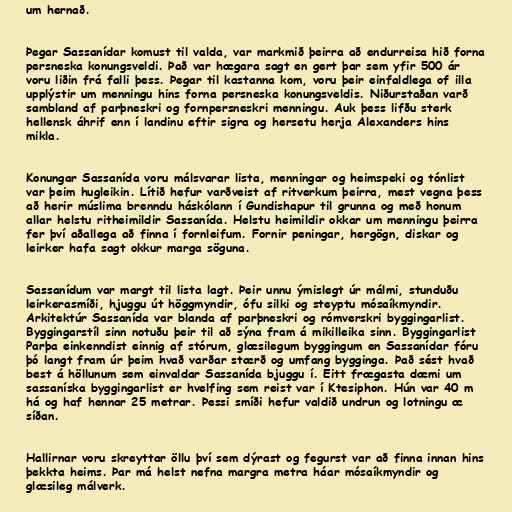
um hernað.

Þegar Sassanídar komust til valda, var markmið þeirra að endurreisa hið forna
persneska konungsveldi. Það var hægara sagt en gert þar sem yfir 500 ár
voru liðin frá falli þess. Þegar til kastanna kom, voru þeir einfaldlega of illa
upplýstir um menningu hins forna persneska konungsveldis. Niðurstaðan varð
sambland af parþneskri og fornpersneskri menningu. Auk þess lifðu sterk
hellensk áhrif enn í landinu eftir sigra og hersetu herja Alexanders hins
mikla.

Konungar Sassanída voru málsvarar lista, menningar og heimspeki og tónlist
var þeim hugleikin. Lítið hefur varðveist af ritverkum þeirra, mest vegna þess
að herir múslima brenndu háskólann í Gundishapur til grunna og með honum
allar helstu ritheimildir Sassanída. Helstu heimildir okkar um menningu þeirra
fer því aðallega að finna í fornleifum. Fornir peningar, hergögn, diskar og
leirker hafa sagt okkur marga söguna.

Sassanídum var margt til lista lagt. Þeir unnu ýmislegt úr málmi, stunduðu
leirkerasmíði, hjuggu út höggmyndir, ófu silki og steyptu mósaíkmyndir.
Arkitektúr Sassanída var blanda af parþneskri og rómverskri byggingarlist.
Byggingarstíl sinn notuðu þeir til að sýna fram á mikilleika sinn. Byggingarlist
Parþa einkenndist einnig af stórum, glæsilegum byggingum en Sassanídar fóru
þó langt fram úr þeim hvað varðar stærð og umfang bygginga. Það sést hvað
best á höllunum sem einvaldar Sassanída bjuggu í. Eitt frægasta dæmi um
sassaníska byggingarlist er hvelfing sem reist var í Ktesiphon. Hún var 40 m
há og haf hennar 25 metrar. Þessi smíði hefur valdið undrun og lotningu æ
síðan.

Hallirnar voru skreyttar öllu því sem dýrast og fegurst var að finna innan hins
þekkta heims. Þar má helst nefna margra metra háar mósaíkmyndir og
glæsileg málverk.